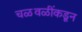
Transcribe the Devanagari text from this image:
चळवळींकडून